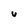
Character: u